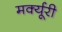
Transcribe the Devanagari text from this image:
मर्क्यूरी